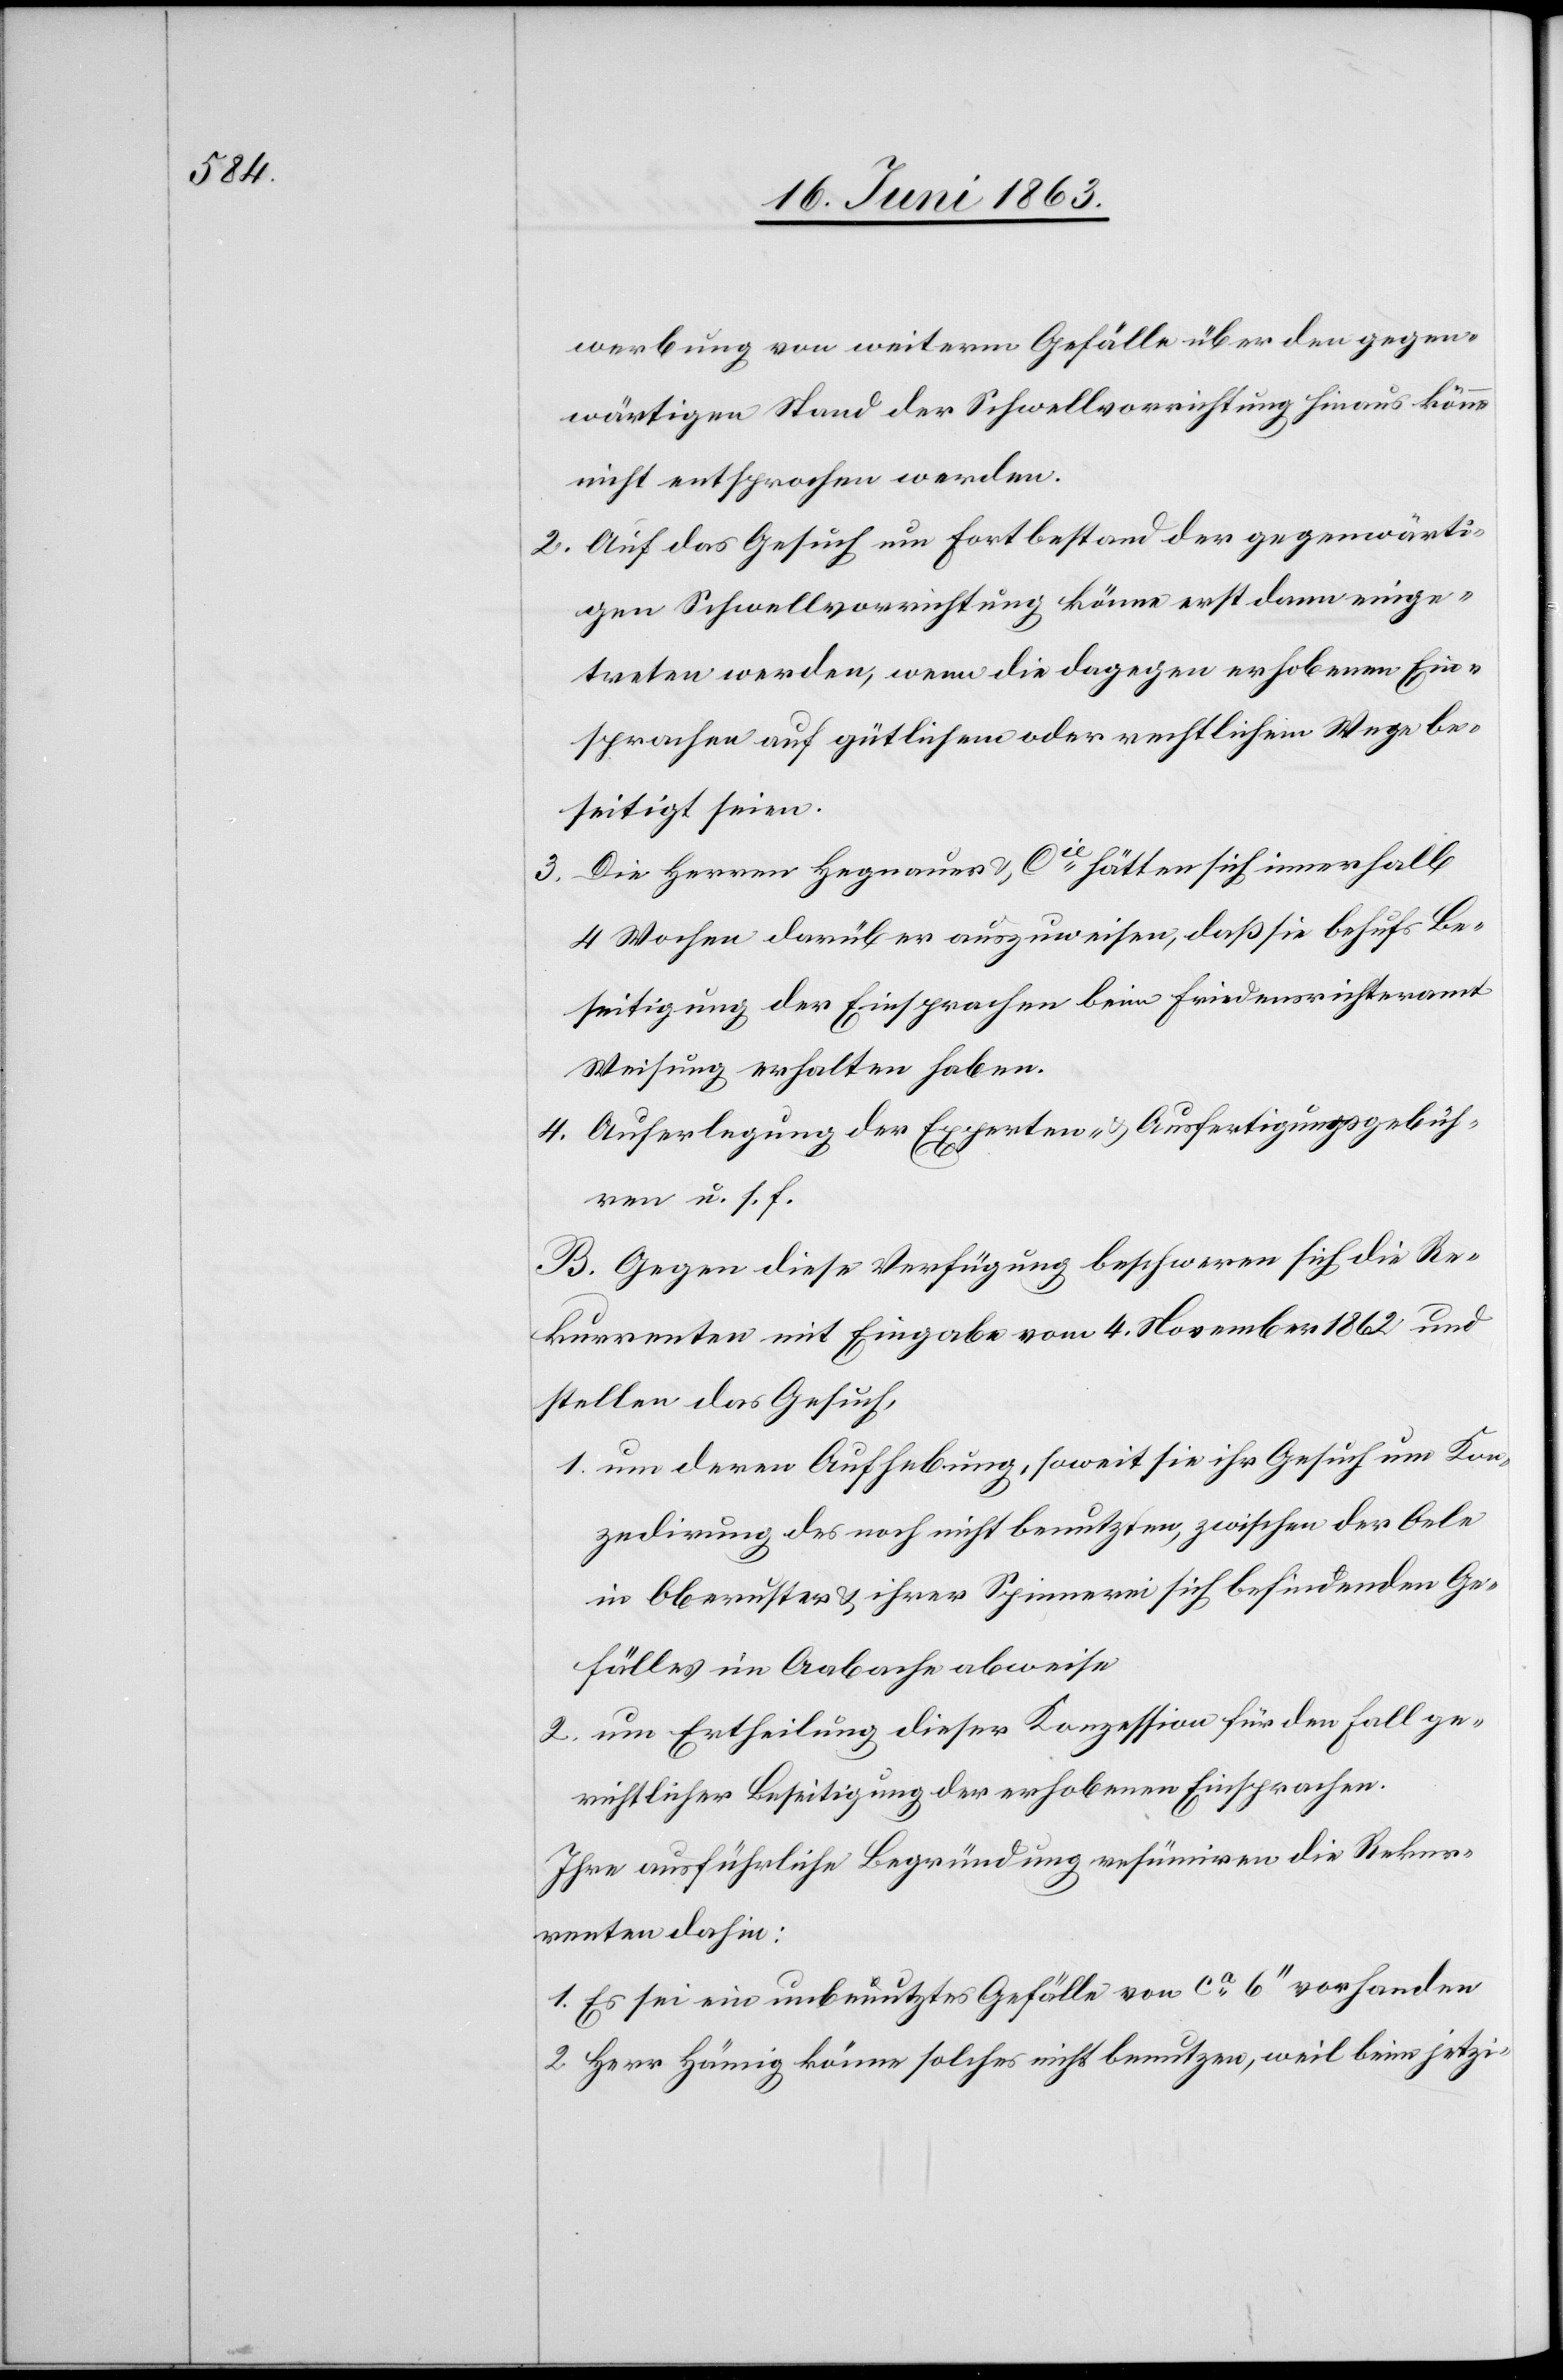
werbung von weiterm Gefälle über gegen¬
wärtigen Stand der Schwellvorrichtung hinaus könne
nicht entsprochen werden.
2. Auf das Gesuch um Fortbestand der gegenwärti¬
gen Schwellvorrichtung könne erst dann einge¬
treten werden, wenn die dagegen erhobenen Ein¬
sprachen auf gütlichem oder rechtlichem Wege be¬
seitigt seien.
3. Die Herren Hegnauer & Cie hätten sich innerhalb
4 Wochen darüber auszuweisen, daß sie behufs Be¬
seitigung der Einsprachen beim Friedensrichteramt
Weisung erhalten haben.
4. Auferlegung der Experten- & Ausfertigungsgebüh¬
ren u. s. f.
B. Gegen diese Verfügung beschweren sich die Re¬
kurrenten mit Eingabe vom 4. November 1862 und
stellen das Gesuch,
1. um deren Aufhebung, soweit sie ihr Gesuch um Kon¬
zedirung des noch nicht benutzten, zwischen der Oele
in Oberuster & ihrer Spinnerei befindenden Ge¬
fälles im Aabache abweise.
2. um Ertheilung dieser Konzession für den Fall ge¬
richtlicher Beseitigung der erhobenen Einsprachen.
Ihre ausführliche Begründung resümiren die Rekur¬
renten dahin:
1. Es sei ein unbenutztes Gefälle von ca 6'' vorhanden
2. Herr Hämig könne solches nicht benutzen, weil beim jetzi-